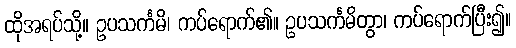
ထိုအရပ်သို့။ ဥပသင်္ကမိ၊ ကပ်ရောက်၏။ ဥပသင်္ကမိတွာ၊ ကပ်ရောက်ပြီး၍။